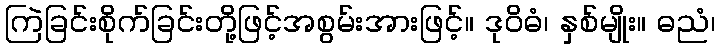
ကြဲခြင်းစိုက်ခြင်းတို့ဖြင့်အစွမ်းအားဖြင့်။ ဒုဝိဓံ၊ နှစ်မျိုး။ ဓညံ၊